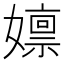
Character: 𫲃